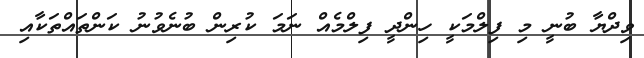
ވިދްޔާ ބުނީ މި ފިލްމަކީ ހިންދީ ފިލްމެއް ނަމަ ކުރިން ބުނެވުނު ކަންތައްތަކާއި